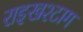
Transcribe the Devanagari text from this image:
राइखश्टाग